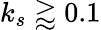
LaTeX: k_{s}\gtrapprox 0.1